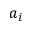
a _ { i }